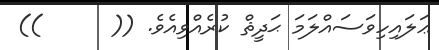
ޢަލައިހިވަސައްލަމަ ޙަދީޘް ކުރެއްވިއެވެ. ((      ))